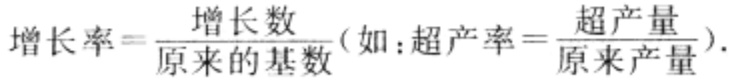
增长率=\(\frac{增长数}{原来的基数}\)(如：超产率=\(\frac{超产量}{原来产量}\)).